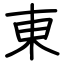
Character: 東